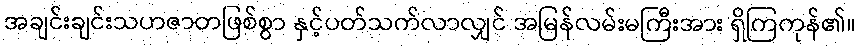
အချင်းချင်းသဟဇာတဖြစ်စွာ နှင့်ပတ်သက်လာလျှင် အမြန်လမ်းမကြီးအား ရှိကြကုန်၏။